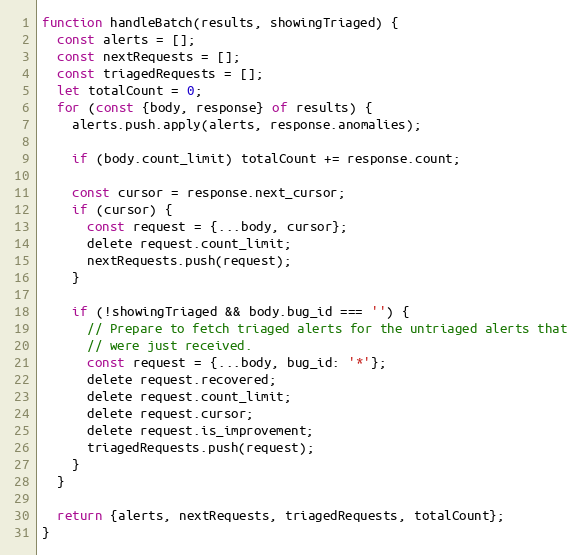
Language: JavaScript
function handleBatch(results, showingTriaged) {
  const alerts = [];
  const nextRequests = [];
  const triagedRequests = [];
  let totalCount = 0;
  for (const {body, response} of results) {
    alerts.push.apply(alerts, response.anomalies);

    if (body.count_limit) totalCount += response.count;

    const cursor = response.next_cursor;
    if (cursor) {
      const request = {...body, cursor};
      delete request.count_limit;
      nextRequests.push(request);
    }

    if (!showingTriaged && body.bug_id === '') {
      // Prepare to fetch triaged alerts for the untriaged alerts that
      // were just received.
      const request = {...body, bug_id: '*'};
      delete request.recovered;
      delete request.count_limit;
      delete request.cursor;
      delete request.is_improvement;
      triagedRequests.push(request);
    }
  }

  return {alerts, nextRequests, triagedRequests, totalCount};
}